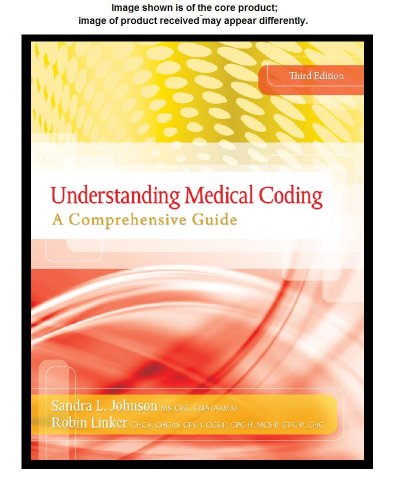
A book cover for Workbook for Johnson/Linker's Understanding Medical Coding, 3rd; Sandra L. Johnson; Business & Money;